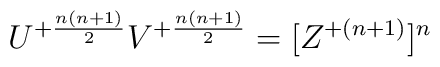
U^{+{n(n+1)\over2}}V^{+{n(n+1)\over2}}=[Z^{+{(n+1)}}]^n